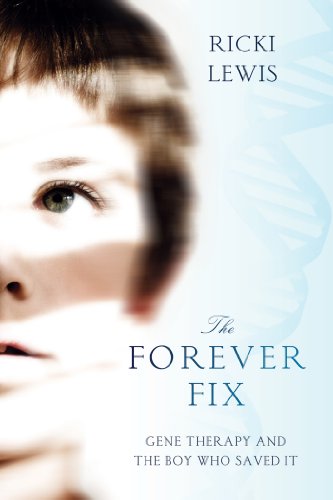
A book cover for The Forever Fix: Gene Therapy and the Boy Who Saved It; Ricki Lewis; Health, Fitness & Dieting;